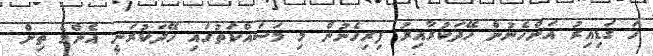
ހަ ގަޑިއިރު އަންހެނުން ހޭދަކުރާއިރު ފިރިހެނުން މި މަސައްކަތުގައި ހޭދަކުރަނީ އެންމެ ތިން